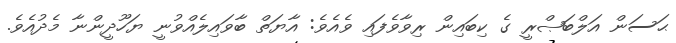
ޙަސަން އަލްބަޞްރީ ގެ ކިބައިން ރިވާވެފައި ވެއެވެ: އާޔަތް ބާވައިލެއްވުނީ ޔަހޫދީންނާ މެދުއެވެ.